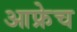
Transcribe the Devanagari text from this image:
आफ्रेच